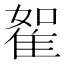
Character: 𨾵